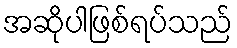
အဆိုပါဖြစ်ရပ်သည်